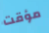
مؤقت